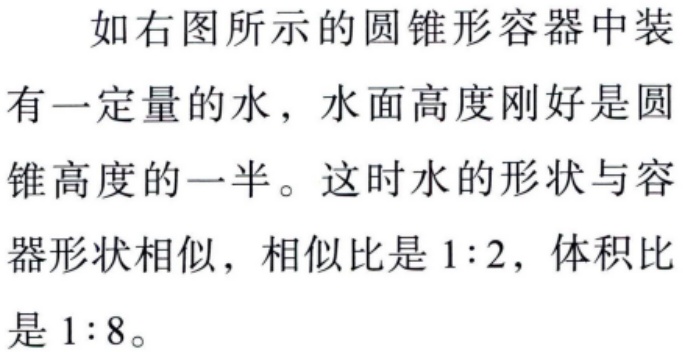
如右图所示的圆锥形容器中装有一定量的水，水面高度刚好是圆锥高度的一半。这时水的形状与容器形状相似，相似比是 \(1:2\)，体积比是 \(1:8\)。